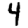
Digit: 4